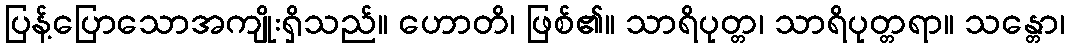
ပြန့်ပြောသောအကျိုးရှိသည်။ ဟောတိ၊ ဖြစ်၏။ သာရိပုတ္တ၊ သာရိပုတ္တရာ။ သန္တော၊